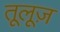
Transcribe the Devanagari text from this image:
तूलूज़